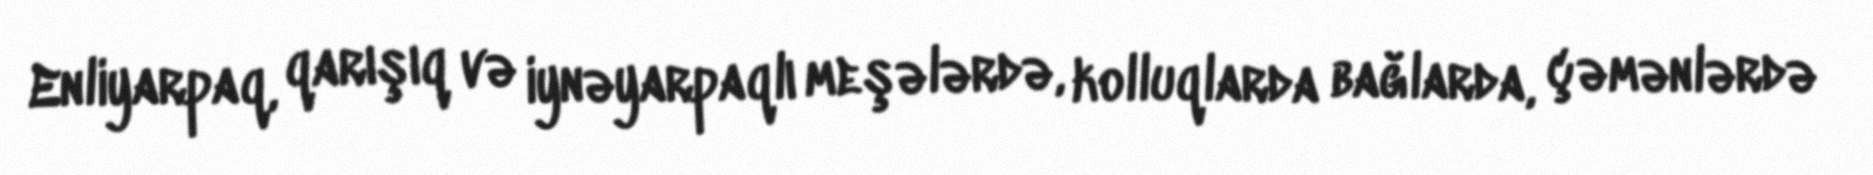
Enliyarpaq, qarışıq və iynəyarpaqlı meşələrdə, kolluqlarda bağlarda, çəmənlərdə